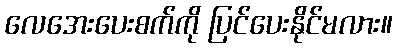
လေအေးပေးစက်ကို ပြင်ပေးနိုင်မလား။